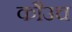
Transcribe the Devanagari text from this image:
कौउच